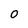
Character: 0